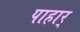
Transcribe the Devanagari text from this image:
पाहार्